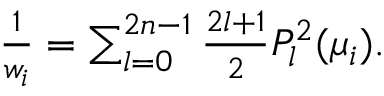
\begin{array} { r } { \frac { 1 } { w _ { i } } = \sum _ { l = 0 } ^ { 2 n - 1 } \frac { 2 l + 1 } { 2 } P _ { l } ^ { 2 } ( \mu _ { i } ) . } \end{array}